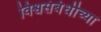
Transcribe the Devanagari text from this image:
विश्वसंबंधीच्या